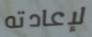
لإعادته